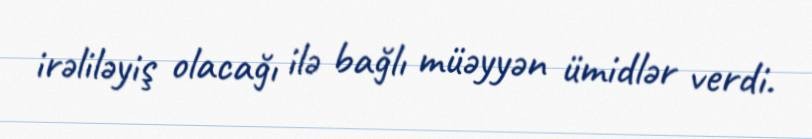
irəliləyiş olacağı ilə bağlı müəyyən ümidlər verdi.